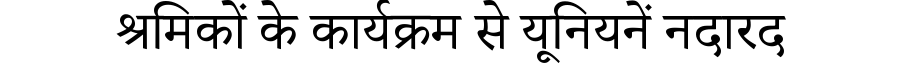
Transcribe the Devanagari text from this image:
श्रमिकों के कार्यक्रम से यूनियनें नदारद